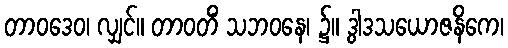
တာဝဒေဝ၊ လျှင်။ တာဝတိံ သဘဝနေ၊ ၌။ ဒွါဒသယောဇနိကေ၊